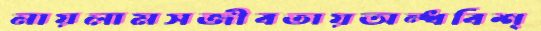
নায়লামসজীবতায়অন্ধবিশ্